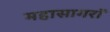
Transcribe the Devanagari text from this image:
महासागरॉ